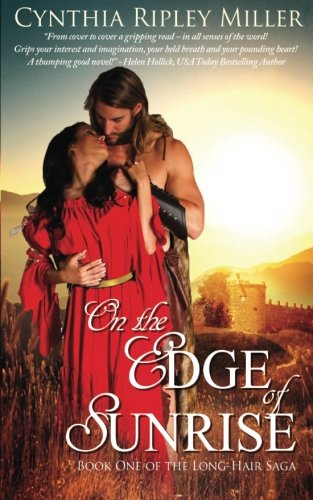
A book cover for On the Edge of Sunrise: Book One of the Long Hair Saga; Cynthia Ripley Miller; Romance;